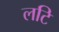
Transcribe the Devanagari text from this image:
लटि